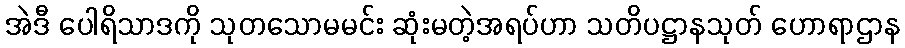
အဲဒီ ပေါရိသာဒကို သုတသောမမင်း ဆုံးမတဲ့အရပ်ဟာ သတိပဋ္ဌာနသုတ် ဟောရာဌာန